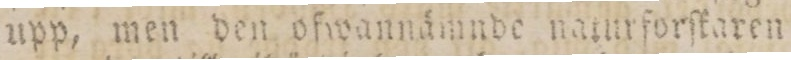
upp, men den ofwannämnde naturforſkaren